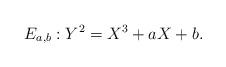
LaTeX: \begin{align*}E_{a,b}:Y^2=X^3+aX+b.\end{align*}